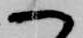
へ